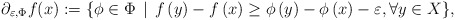
\begin{align*}\partial_{\varepsilon,\Phi} f(x):=\{\phi\in\Phi\,\mid\, f \left(y\right)-f \left(x\right) \geq \phi\left(y\right)-\phi \left(x\right) -\varepsilon,\forall y\in X\},\end{align*}